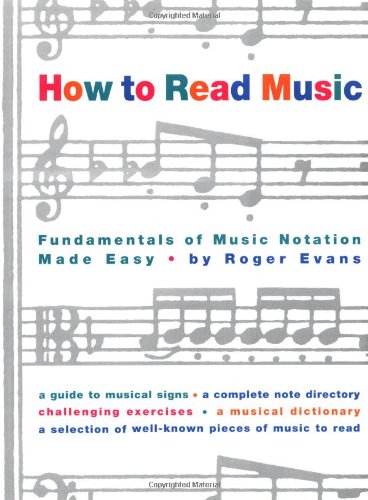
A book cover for How to Read Music: Fundamentals of Music Notation Made Easy; Roger Evans; Reference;